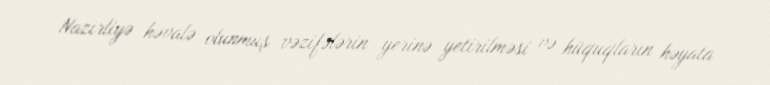
Nazirliyə həvalə olunmuş vəzifələrin yerinə yetirilməsi və hüquqların həyata